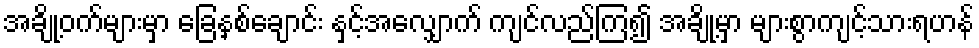
အချို့ဝက်များမှာ ခြေနှစ်ချောင်း နှင့်အလျှောက် ကျင်လည်ကြ၍ အချို့မှာ များစွာကျင့်သားရဟန်